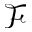
\mathcal { F }